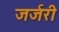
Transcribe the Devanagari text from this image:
जर्जरी